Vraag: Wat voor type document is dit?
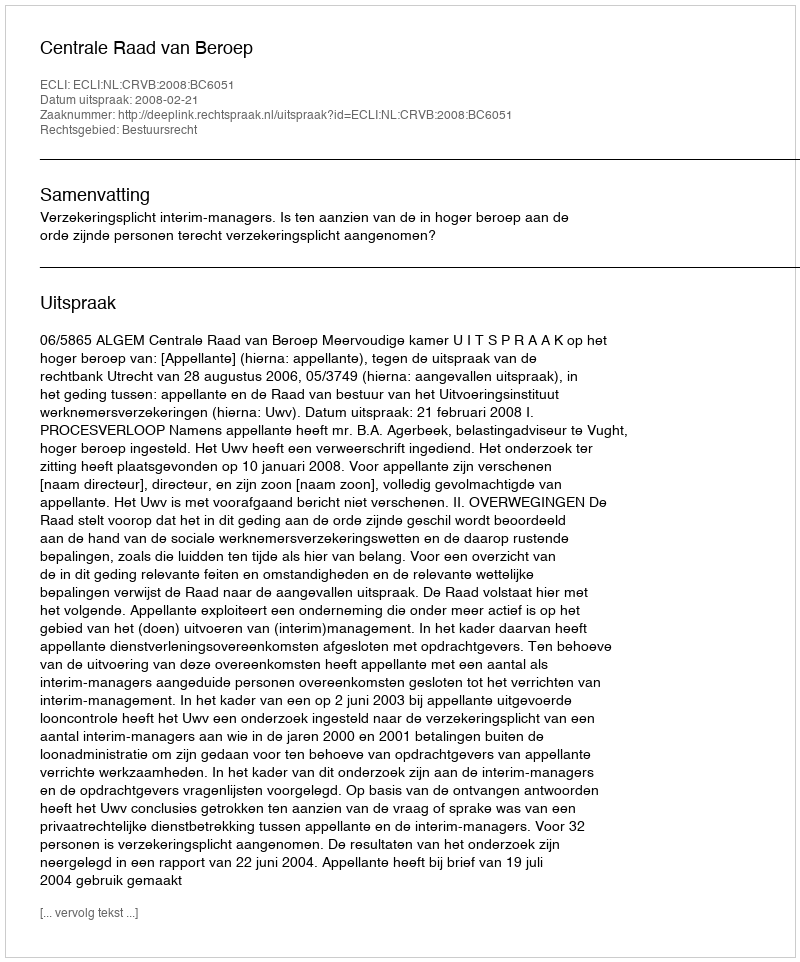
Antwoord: Uitspraak